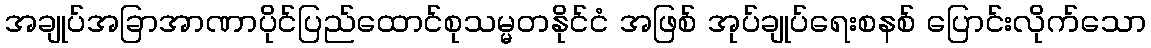
အချုပ်အခြာအာဏာပိုင်ပြည်ထောင်စုသမ္မတနိုင်ငံ အဖြစ် အုပ်ချုပ်ရေးစနစ် ပြောင်းလိုက်သော